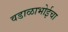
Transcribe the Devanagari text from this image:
वडाळाभोईचा